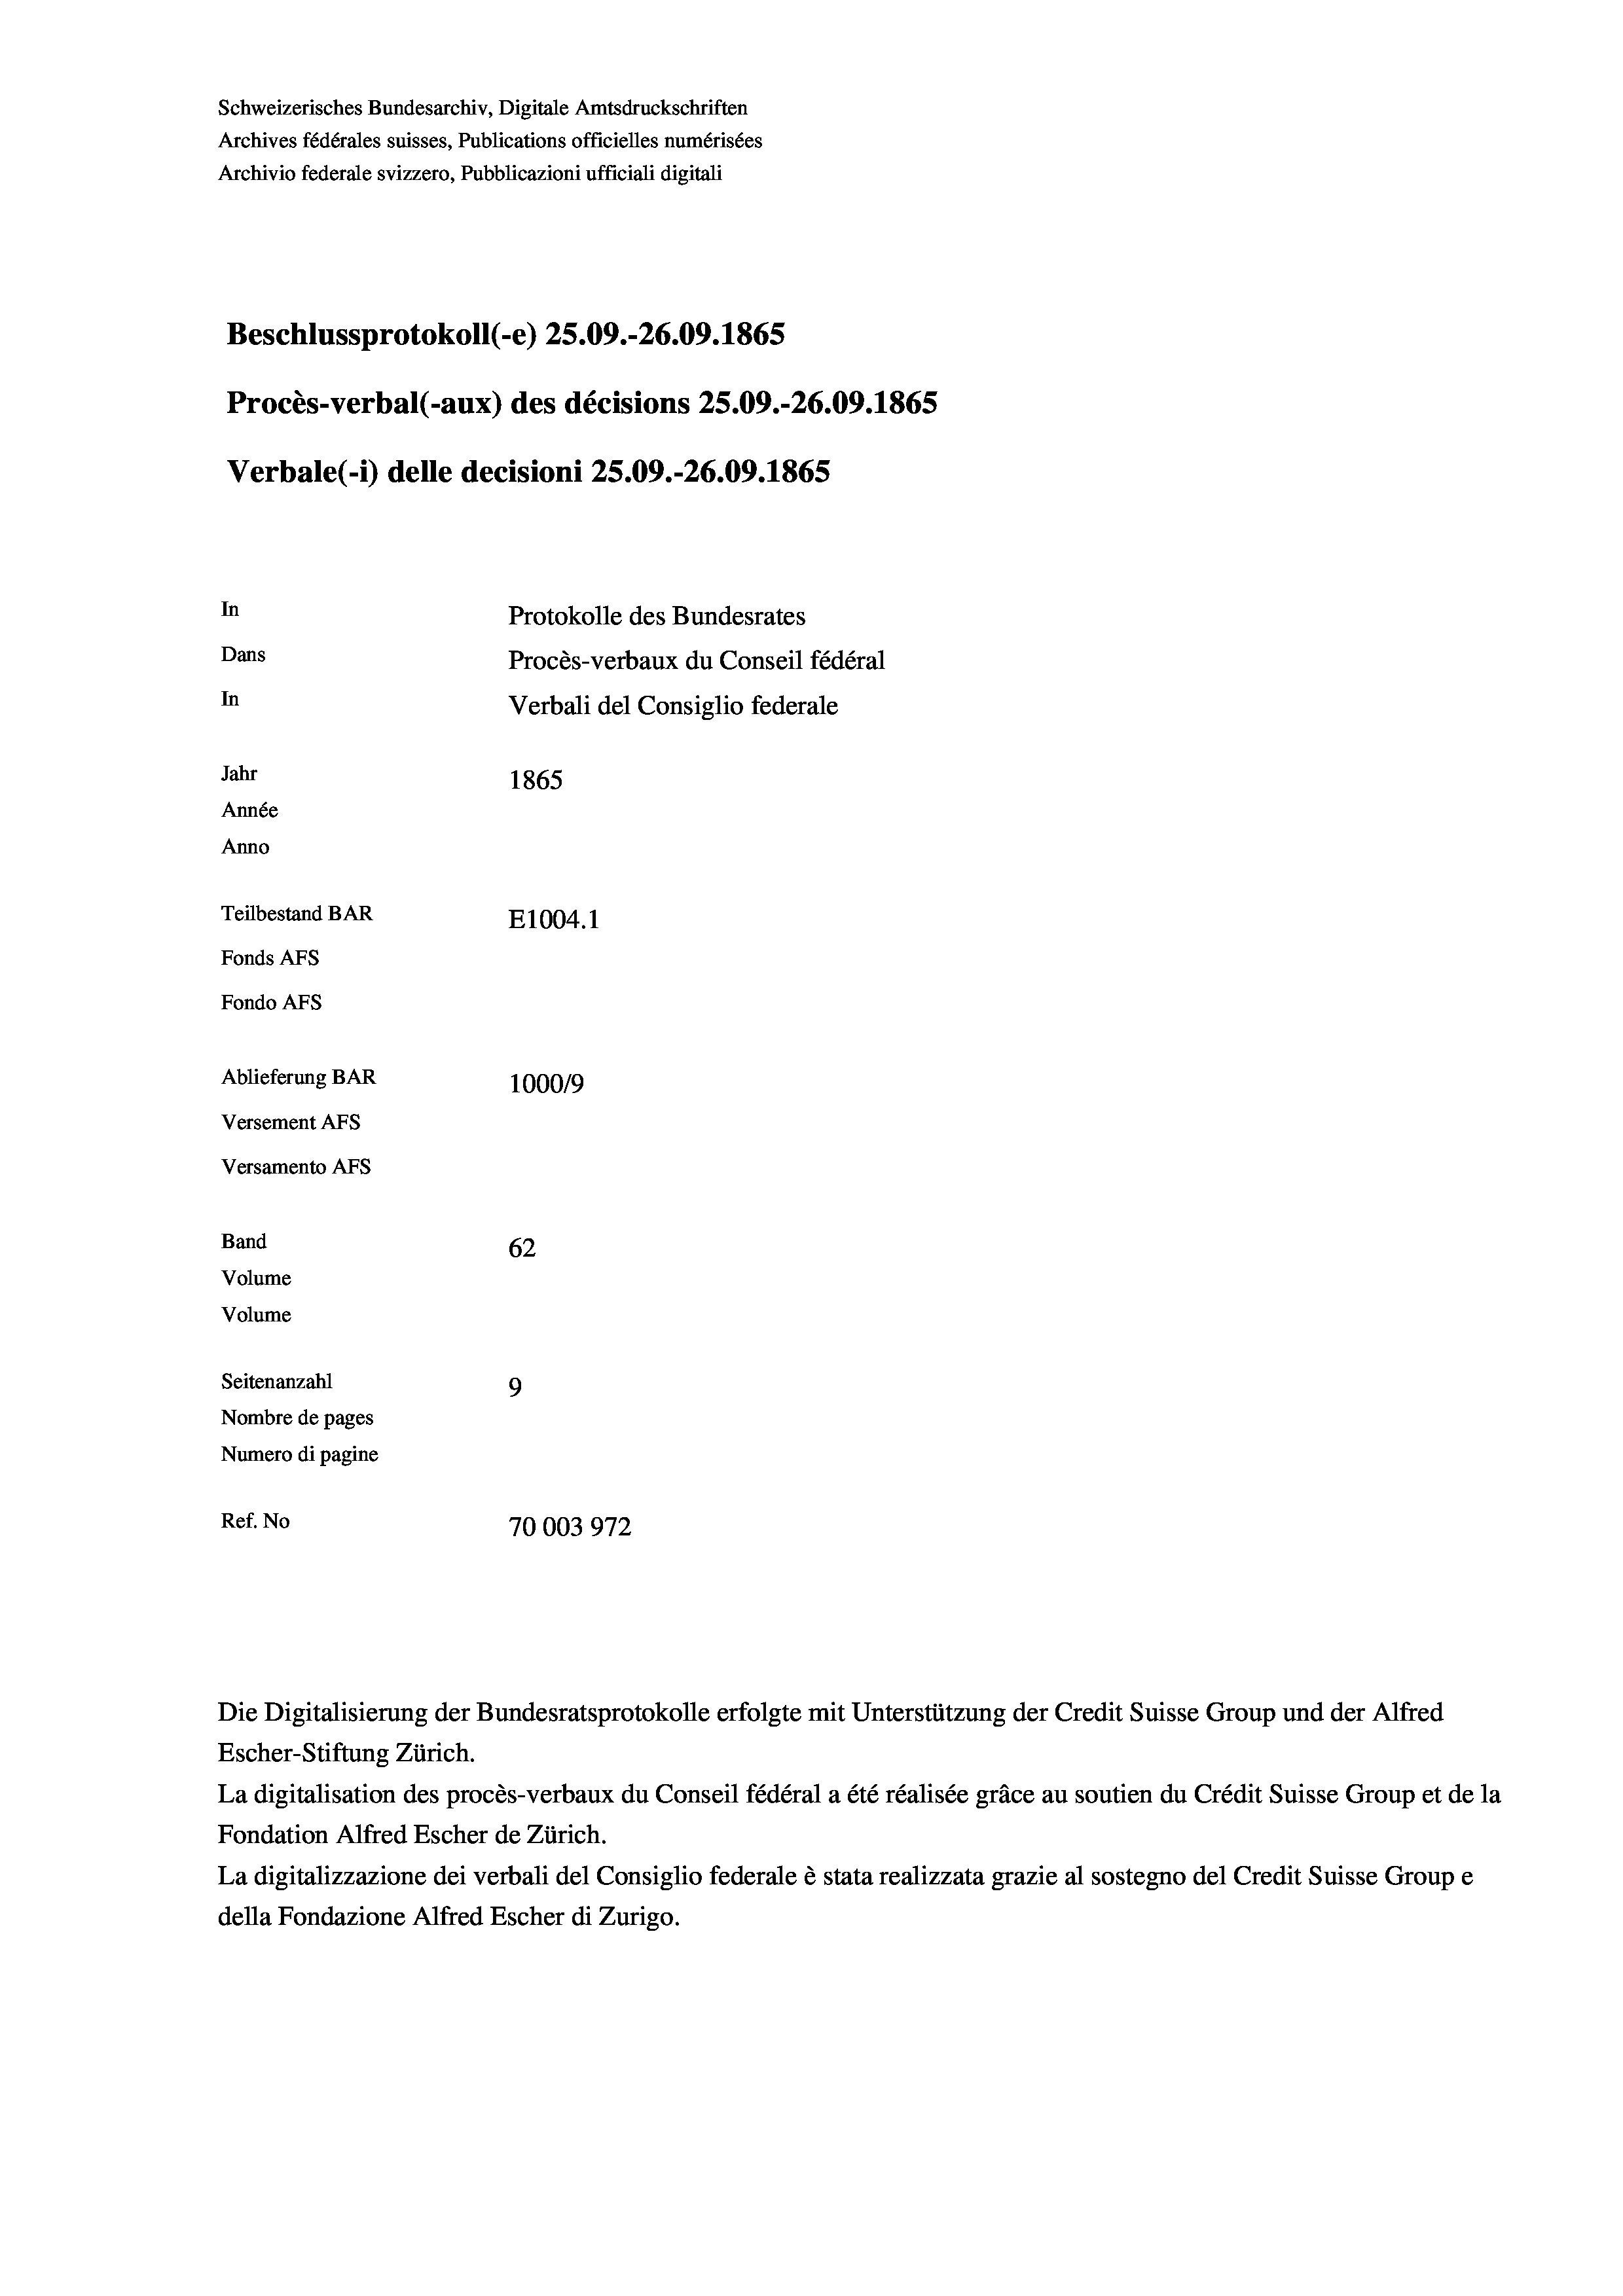
Schweizerisches Bundesarchiv, Digitale Amtsdruckschriften
Archives fédérales suisses, Publications officielles numérisées
Archivio federale svizzero, Pubblicazioni ufficiali digitali
Beschlussprotokoll (-e) 25.09.-26.09. 1865
Procès-verbal (-aux) des décisions 25.09.-26.09. 1865
Verbale(-*) delle decisioni 25.09.-26.09. 1865
In
Protokolle des Bundesrates
Dans
Procès-verbaux du Conseil fédéral
In
Verbali del Consiglio federale
Jahr
1865
Année
Anno
Teilbestand BAR
E1004.1
Fonds AFs
Fondo Afs
Ablieferung BAR
100019
Versement AFs
Versamento AFs
Band
62
Volume
Volume
Seitenanzahl
9
Nombre de pages
Numero di pagine
Ref. No
70003972

La digitalisation des procès-verbaux du Conseil fédéral a été réalisée gräce au soutien du Crédit Suisse Group et de la
Fondation Alfred Escher de Zürich.
La digitalizzazione dei verbali del Consiglio federale è stata realizzata grazie al sostegno del Credit Suisse Groupe
della Fondazione Alfred Escher di Zurigo.

Die Digitalisierung der Bundesratsprotokolle erfolgte mit Unterstützung der Credit Suisse Group und der Alfred
Escher-Stiftung Zürich.